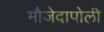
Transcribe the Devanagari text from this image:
मौजेदापोली